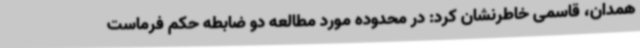
همدان، قاسمی خاطرنشان کرد: در محدوده مورد مطالعه دو ضابطه حکم فرماست